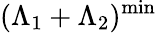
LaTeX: (\Lambda_{1}+\Lambda_{2})^{\mathrm{min}}